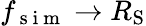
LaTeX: f_{\mathrm{~s~i~m~}}\rightarrow R_{\mathrm{S}}